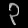
Digit: ၃